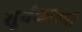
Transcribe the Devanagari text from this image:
सूर्यकांतची